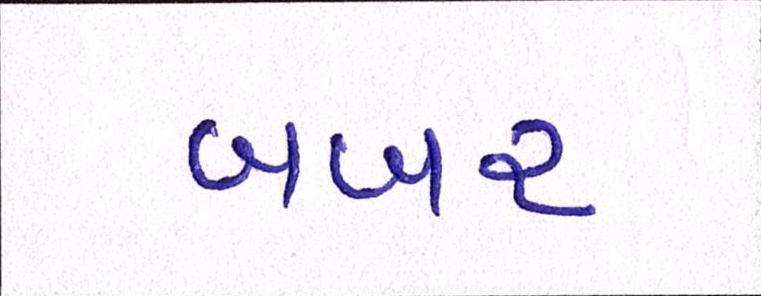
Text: બબર